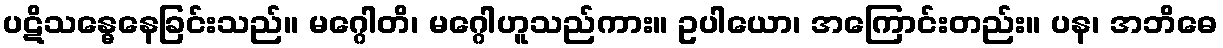
ပဋိသန္ဓေနေခြင်းသည်။ မဂ္ဂေါတိ၊ မဂ္ဂေါဟူသည်ကား။ ဥပါယော၊ အကြောင်းတည်း။ ပန၊ အဘိဓေ